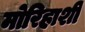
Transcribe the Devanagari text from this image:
मोरिहाशी